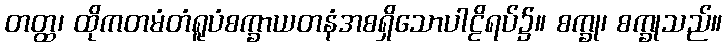
တတ္ထ၊ ထိုကတမံတံရူပံစက္ခာယတနံအစရှိသောပါဠိရပ်၌။ စက္ခု၊ စက္ခုသည်။